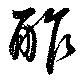
酢